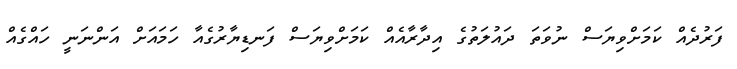
ފަރުދެއް ކަމަށްވިޔަސް ނުވަތަ ދައުލަތުގެ އިދާރާއެއް ކަމަށްވިޔަސް ފަނޑިޔާރުގެއާ ހަމައަށް އަންނަނީ ހައްގެއް